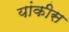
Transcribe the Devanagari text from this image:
यांकीस